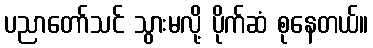
ပညာတော်သင် သွားမလို့ ပိုက်ဆံ စုနေတယ်။